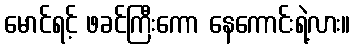
မောင်ရင့် ဖခင်ကြီးကော နေကောင်းရဲ့လား။